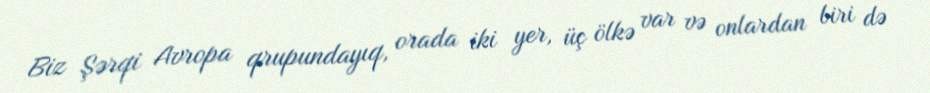
Biz Şərqi Avropa qrupundayıq, orada iki yer, üç ölkə var və onlardan biri də